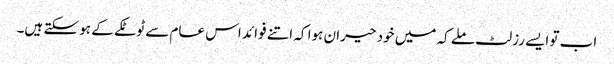
اب تو ایسے رزلٹ ملے کہ میں خود حیران ہوا کہ اتنے فوائد اس عام سے ٹوٹکے کے ہو سکتے ہیں۔